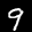
Label: 9